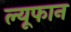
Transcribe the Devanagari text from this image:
ल्यूफान